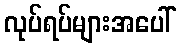
လုပ်ရပ်များအပေါ်